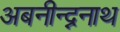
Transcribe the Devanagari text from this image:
अबनीन्द्ननाथ